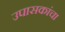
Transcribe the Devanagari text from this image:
उपासकांचा